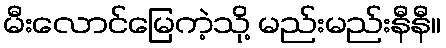
မီးလောင်မြေကဲ့သို့ မည်းမည်းနီနီ။